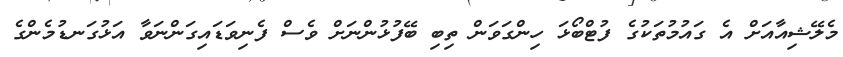
މެލޭޝިއާއަށް އެ ގައުމުތަކުގެ ފުޓްބޯޅަ ހިންގަވަން ތިބި ބޭފުޅުންނަށް ވެސް ފެނިވަޑައިގަންނަވާ އަޅުގަނޑުމެންގެ